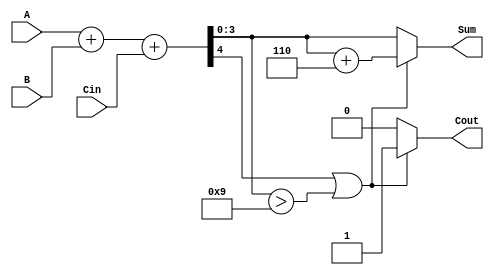
module BCD_Adder (
    input  wire [3:0] A,      // First BCD digit
    input  wire [3:0] B,      // Second BCD digit
    input  wire Cin,           // Carry input
    output reg  [3:0] Sum,     // Resulting BCD digit
    output reg  Cout           // Carry output
);

// Internal wire for the 5-bit sum
wire [4:0] S;               // 5-bit intermediate result
assign S = A + B + Cin;    // Perform binary addition

// BCD Correction Logic
always @(*) begin
    if (S[4] == 1 || (S[3:0] > 4'b1001)) begin
        Sum = S[3:0] + 4'b0110; // Add 6 for BCD correction
        Cout = 1;               // Set carry output
    end else begin
        Sum = S[3:0];          // No correction needed
        Cout = 0;              // No carry out
    end
end

endmodule